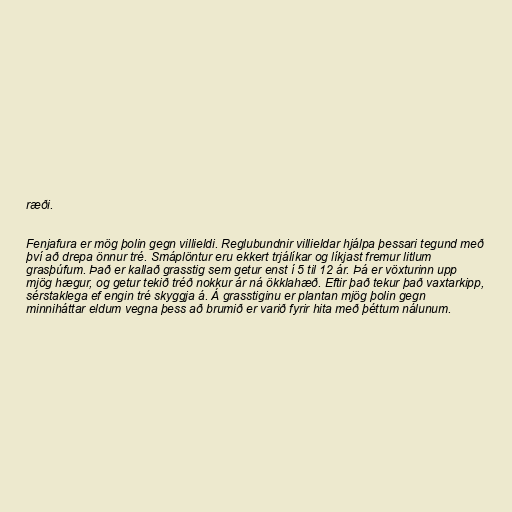
ræði.

Fenjafura er mög þolin gegn villieldi. Reglubundnir villieldar hjálpa þessari tegund með
því að drepa önnur tré. Smáplöntur eru ekkert trjálíkar og líkjast fremur litlum
grasþúfum. Það er kallað grasstig sem getur enst í 5 til 12 ár. Þá er vöxturinn upp
mjög hægur, og getur tekið tréð nokkur ár ná ökklahæð. Eftir það tekur það vaxtarkipp,
sérstaklega ef engin tré skyggja á. Á grasstiginu er plantan mjög þolin gegn
minniháttar eldum vegna þess að brumið er varið fyrir hita með þéttum nálunum.